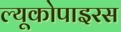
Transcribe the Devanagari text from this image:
ल्यूकोपाइरस